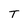
Character: T